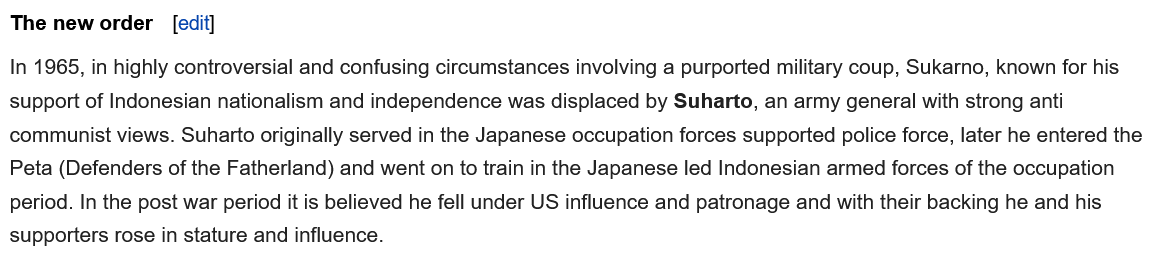
In 1965, in highly controversial and confusing circumstances involving a purported military coup, Sukarno, known for his
  support of Indonesian nationalism and independence was displaced by Suharto, an army general with strong anti
  communist views. Suharto originally served in the Japanese occupation forces supported police force, later he entered the
  Peta (Defenders of the Fatherland) and went on to train in the Japanese led Indonesian armed forces of the occupation
  period. In the post war period it is believed he fell under US influence and patronage and with their backing he and his
  supporters rose in stature and influence.
     [edit] The new order